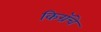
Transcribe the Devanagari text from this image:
किग्रॅचे